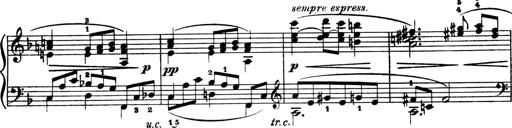
Title: 4 Sonatines
Composer: Max Reger